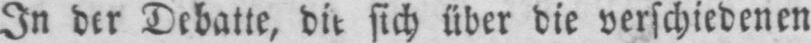
In der Debatte, die sich über die verschiedenen